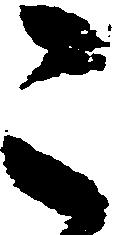
被